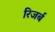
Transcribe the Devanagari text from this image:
रिजर्ब